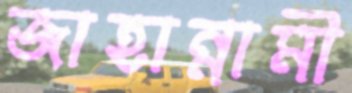
জাহান্নামী